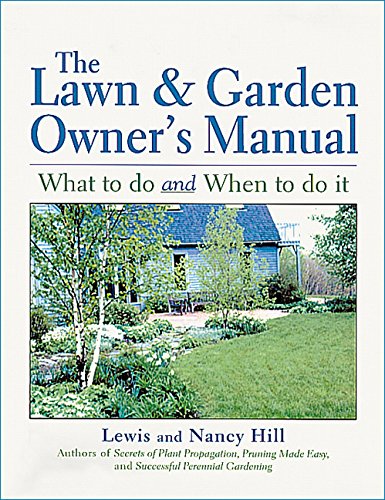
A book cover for The Lawn & Garden Owner's Manual; Lewis Hill; Crafts, Hobbies & Home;